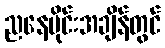
ညနေပိုင်းအချိန်တွင်